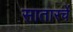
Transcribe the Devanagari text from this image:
सातारचें